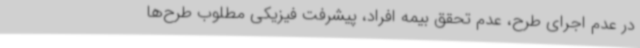
در عدم اجرای طرح، عدم تحقق بیمه افراد، پیشرفت فیزیکی مطلوب طرح‌ها